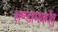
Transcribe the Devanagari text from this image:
शण्डामर्कोतु